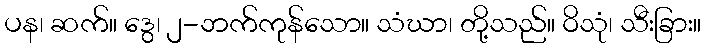
ပန၊ ဆက်။ ဒွေ၊ ၂-ဘက်ကုန်သော။ သံဃာ၊ တို့သည်။ ဝိသုံ၊ သီးခြား။